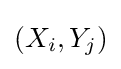
(X_{i},Y_{j})